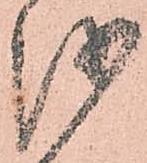
越